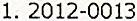
1. 2012-0013